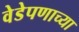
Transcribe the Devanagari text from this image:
वेडेपणाच्या